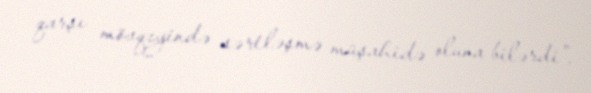
qarşı mövqeyində sərtləşmə müşahidə oluna bilərdi".